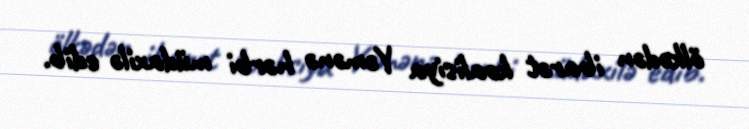
ölkədən ibarət koalisiya Yəmənə hərbi müdaxilə edib.